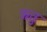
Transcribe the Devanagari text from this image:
ऋतुु